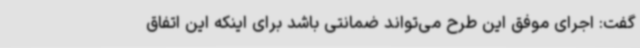
گفت: اجرای موفق این طرح می‌تواند ضمانتی باشد برای اینکه این اتفاق